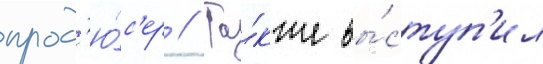
прод'ю́с'ер // Та́кже вы́ступ'ил